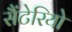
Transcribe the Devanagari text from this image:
सैंटेरियो